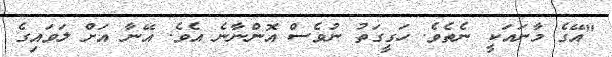
"އޭގެ މާނައަކީ ނެތެވެ. ހަގީގަތު ނުވެސް އޮންނާނެ އެވެ. އޭނާ އަށް ލަވައިގެ